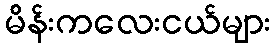
မိန်းကလေးငယ်များ